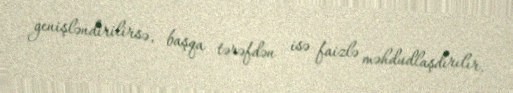
genişləndirilirsə, başqa tərəfdən isə faizlə məhdudlaşdırılır.